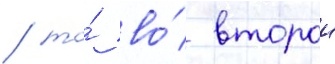
/ то́ во́ второи